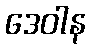
ဒေဝါန